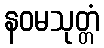
နဝမသုတ္တံ